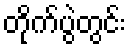
တိုက်ပွဲတွင်း